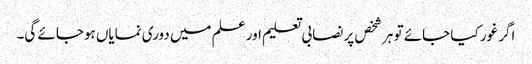
اگر غور کیا جائے تو ہر شخص پر نصابی تعلیم اور علم میں دوری نمایاں ہوجائے گی۔